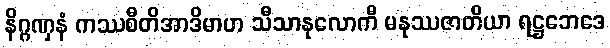
နိဂ္ဂဏှနံ ကဿစီတိအာဒိမာဟ သီသာနုလောကီ မနုဿဇာတိယာ ရဋ္ဌဘေဒေ